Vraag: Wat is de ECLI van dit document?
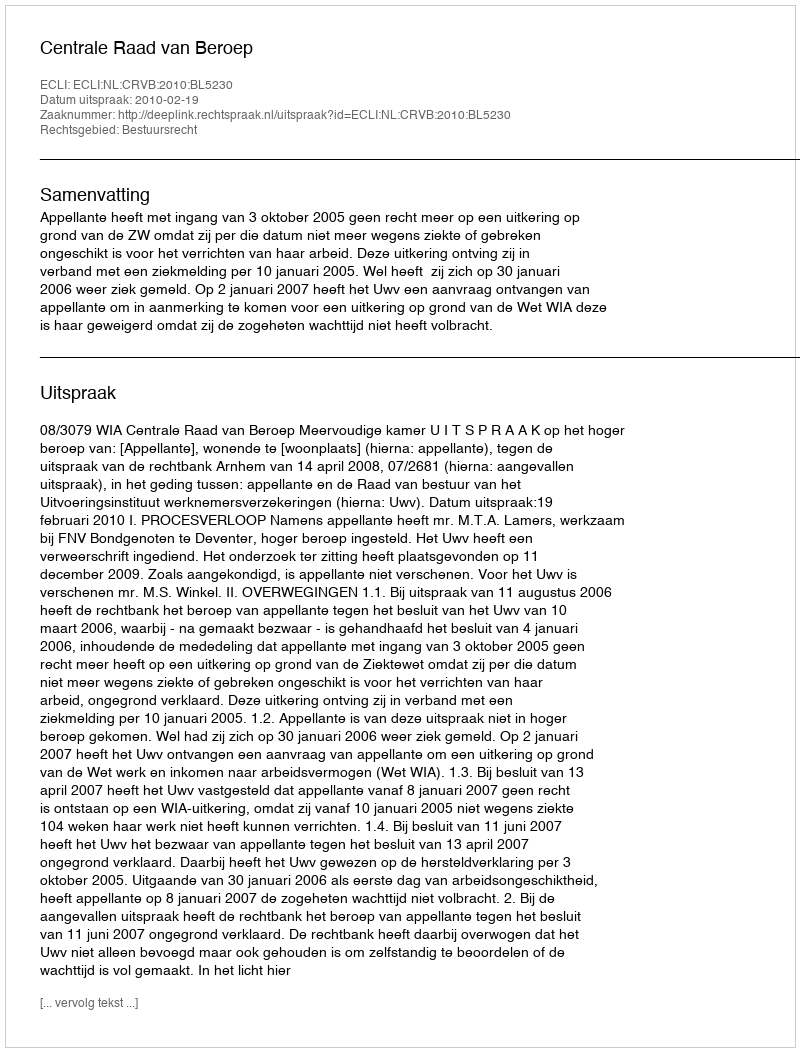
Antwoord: ECLI:NL:CRVB:2010:BL5230